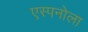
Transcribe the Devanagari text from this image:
एस्पनोला